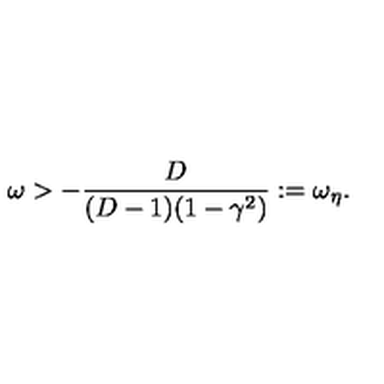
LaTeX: \omega > - \frac { D } { ( D - 1 ) ( 1 - \gamma ^ { 2 } ) } : = \omega _ { \eta } .